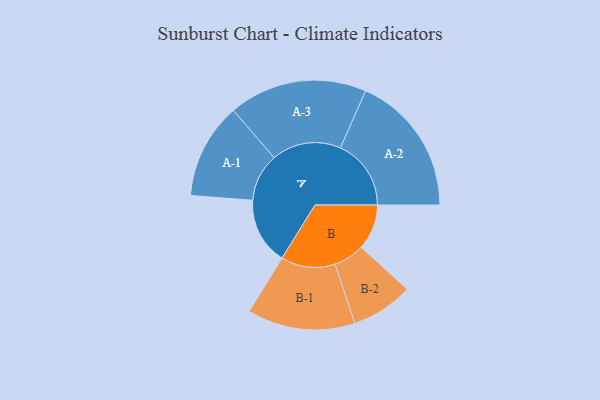
{"axis": {"x": "Segment", "y": "Value"}, "legend": ["", "A", "B"], "data": [{"x": "A", "y": 264, "type": ""}, {"x": "B", "y": 179, "type": ""}, {"x": "A-1", "y": 189, "type": "A"}, {"x": "A-2", "y": 279, "type": "A"}, {"x": "A-3", "y": 273, "type": "A"}, {"x": "B-1", "y": 213, "type": "B"}, {"x": "B-2", "y": 122, "type": "B"}]}